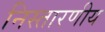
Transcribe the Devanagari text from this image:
निस्तारणीय